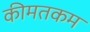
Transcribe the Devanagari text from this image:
कीमतकम